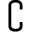
\complement